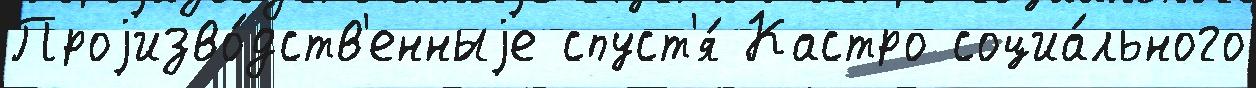
Проjизво́дств'енныjе спуст'я́ Кастро социа́льного